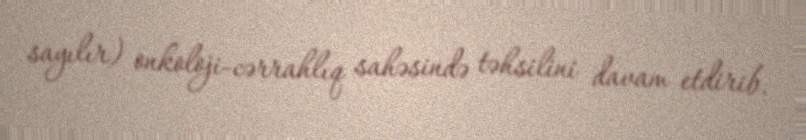
sayılır) onkoloji-cərrahlıq sahəsində təhsilini davam etdirib.